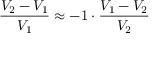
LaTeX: { \frac { V _ { 2 } - V _ { 1 } } { V _ { 1 } } } \approx - 1 \cdot { \frac { V _ { 1 } - V _ { 2 } } { V _ { 2 } } }